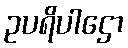
ဥပရိပါဌော